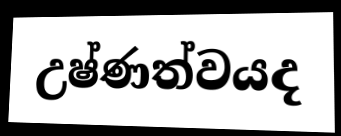
උෂ්ණත්වයද